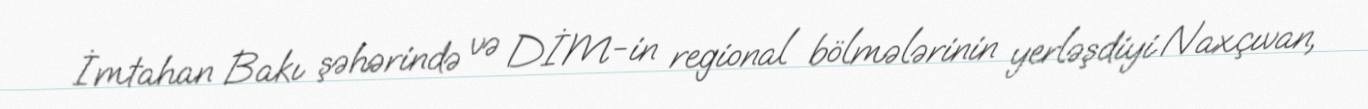
İmtahan Bakı şəhərində və DİM-in regional bölmələrinin yerləşdiyi Naxçıvan,